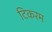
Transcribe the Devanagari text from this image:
टिकरम